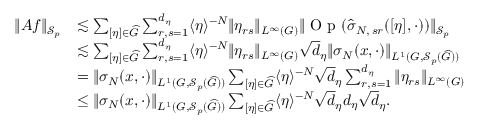
\begin{array} { r l } { \Vert A f \Vert _ { \mathscr { S } _ { p } } } & { \lesssim \sum _ { [ \eta ] \in \widehat { G } } \sum _ { r , s = 1 } ^ { d _ { \eta } } \langle \eta \rangle ^ { - N } \Vert \eta _ { r s } \Vert _ { L ^ { \infty } ( G ) } \Vert \textnormal { O p } ( \widehat { \sigma } _ { N , \, s r } ( [ \eta ] , \cdot ) ) \Vert _ { \mathscr { S } _ { p } } } \\ & { \lesssim \sum _ { [ \eta ] \in \widehat { G } } \sum _ { r , s = 1 } ^ { d _ { \eta } } \langle \eta \rangle ^ { - N } \Vert \eta _ { r s } \Vert _ { L ^ { \infty } ( G ) } \sqrt { d } _ { \eta } \Vert { \sigma } _ { N } ( x , \cdot ) \Vert _ { L ^ { 1 } ( G , \mathscr { S } _ { p } ( \widehat { G } ) ) } } \\ & { = \Vert { \sigma } _ { N } ( x , \cdot ) \Vert _ { L ^ { 1 } ( G , \mathscr { S } _ { p } ( \widehat { G } ) ) } \sum _ { [ \eta ] \in \widehat { G } } \langle \eta \rangle ^ { - N } \sqrt { d } _ { \eta } \sum _ { r , s = 1 } ^ { d _ { \eta } } \Vert \eta _ { r s } \Vert _ { L ^ { \infty } ( G ) } } \\ & { \leq \Vert { \sigma } _ { N } ( x , \cdot ) \Vert _ { L ^ { 1 } ( G , \mathscr { S } _ { p } ( \widehat { G } ) ) } \sum _ { [ \eta ] \in \widehat { G } } \langle \eta \rangle ^ { - N } \sqrt { d } _ { \eta } d _ { \eta } \sqrt { d } _ { \eta } . } \end{array}